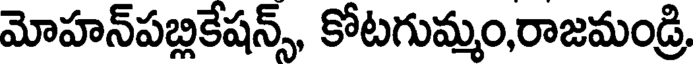
మోహన్పబ్లికేషన్స్, కోటగుమ్మం,రాజమండ్రి,